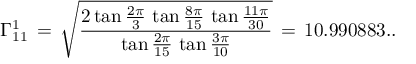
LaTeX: \Gamma _ { 1 1 } ^ { 1 } \, = \, \sqrt { \frac { 2 \tan \frac { 2 \pi } { 3 } \, \tan \frac { 8 \pi } { 1 5 } \, \tan \frac { 1 1 \pi } { 3 0 } } { \tan \frac { 2 \pi } { 1 5 } \, \tan \frac { 3 \pi } { 1 0 } } } \, = \, 1 0 . 9 9 0 8 8 3 . .